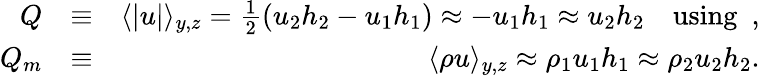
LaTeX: \begin{array}{rlr}{Q}&{\equiv}&{\langle|u|\rangle_{y,z}=\frac{1}{2}(u_{2}h_{2}-u_{1}h_{1})\approx-u_{1}h_{1}\approx u_{2}h_{2}\quad\mathrm{using}\ \ ,}\\ {Q_{m}}&{\equiv}&{\langle\rho u\rangle_{y,z}\approx\rho_{1}u_{1}h_{1}\approx\rho_{2}u_{2}h_{2}.}\end{array}